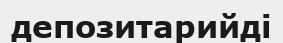
депозитарийді